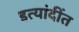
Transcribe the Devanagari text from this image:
इत्यांदींत